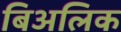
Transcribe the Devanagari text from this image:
बिअलिक